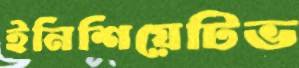
ইনিশিয়েটিভ